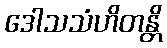
ဒေါသသံဟိတန္တိ